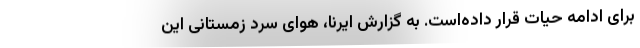
برای ادامه حیات قرار داده‌است. به گزارش ایرنا، هوای سرد زمستانی این